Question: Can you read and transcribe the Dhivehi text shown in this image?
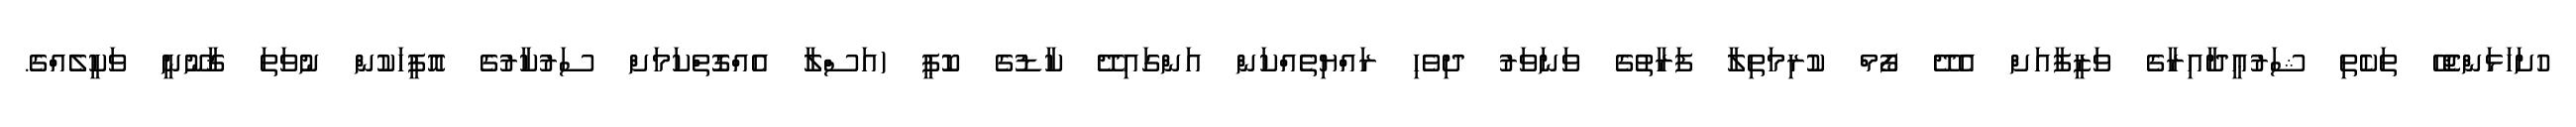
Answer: ހުށަހަޅަންޖެހޭ ތަކެތި ޝަރުޢީދާއިރާގެ ވަޒީފާއަށް އެދޭ ފޯމް ކުރިމަތިލާ ފަރާތުގެ ވަނަވަރު ދިވެހި ރައްޔިތެއްކަން އަންގައިދޭ ކާޑުގެ ކޮޕީ (އަސްލާ އެއްގޮތްކަމަށް ސަރުކާރުގެ އޮފީހަކުން ނުވަތަ ޤާނޫނީ ވަކީލެއްގެ.